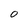
Character: 0